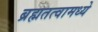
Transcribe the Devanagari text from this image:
ब्रह्मतत्वामध्ये